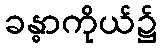
ခန္ဓာကိုယ်၌